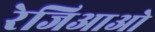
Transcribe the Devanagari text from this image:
रेजिआओ